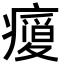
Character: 𭼬